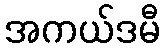
အကယ်ဒမီ